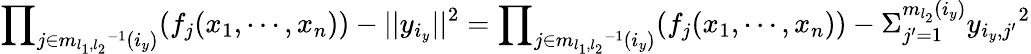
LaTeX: {\prod}_{j\in{m_{l_{1},l_{2}}}^{-1}(i_{y})}(f_{j}(x_{1},\cdots,x_{n}))-||y_{i_{y}}||^{2}={\prod}_{j\in{m_{l_{1},l_{2}}}^{-1}(i_{y})}(f_{j}(x_{1},\cdots,x_{n}))-{\Sigma}_{j^{\prime}=1}^{m_{l_{2}}(i_{y})}{y_{i_{y},j^{\prime}}}^{2}